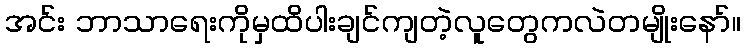
အင်း ဘာသာရေးကိုမှထိပါးချင်ကျတဲ့လူတွေကလဲတမျိုးနော်။